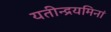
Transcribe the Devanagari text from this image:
यतीन्द्रयमिनां